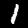
Label: 1